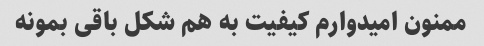
ممنون امیدوارم کیفیت به هم شکل باقی بمونه